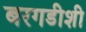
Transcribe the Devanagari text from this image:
बरगडीशी